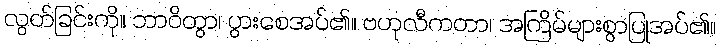
လွတ်ခြင်းကို။ ဘာဝိတွာ၊ ပွားစေအပ်၏။ ဗဟုလီကတာ၊ အကြိမ်များစွာပြုအပ်၏။